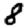
Digit: 8